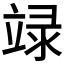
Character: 𥪋